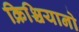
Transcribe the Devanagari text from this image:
क्रिश्चियानो